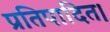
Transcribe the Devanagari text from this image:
प्रतिपादित।